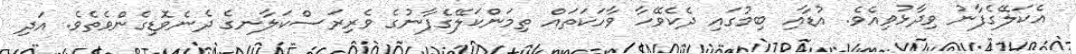
އެކަލޭގެފާނު ވިދާޅުވިއެވެ. އުޑާއި ބިމުގައި ދެކެވޭހާ ވާހަކަތައް ތިމަންކަލޭގެފާނުގެ ވެރިރަސްކަލާނގެ ދެނެވޮޑިގެންވެތެވެ. އަދި